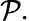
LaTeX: {\mathcal P}.